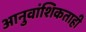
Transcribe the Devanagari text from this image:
आनुवांशिकताही